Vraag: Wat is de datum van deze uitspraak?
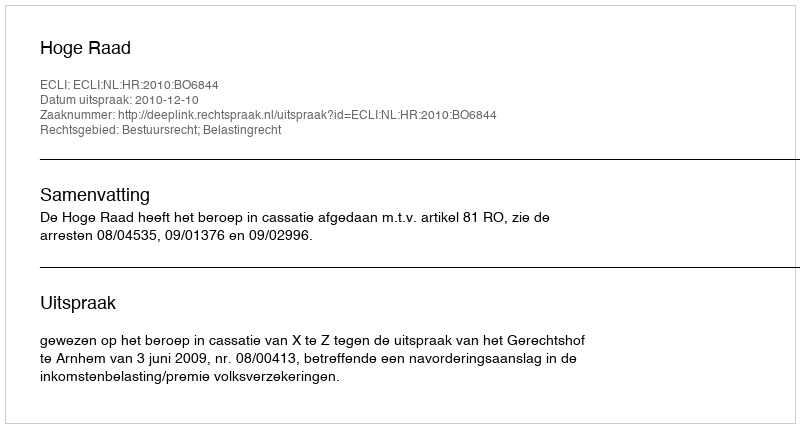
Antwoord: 2010-12-10